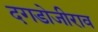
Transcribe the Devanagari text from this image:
दगडोजीराव